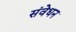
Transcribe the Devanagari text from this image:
संवेधन